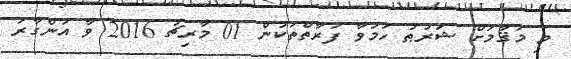
މި މަޤާމަށް ޝަރުޠު ހަމަވާ ފަރާތްތަކުން 01 މާރިޗު 2016 ވާ އަންގާރަ